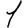
Digit: 1